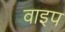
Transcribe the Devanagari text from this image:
वाइप